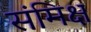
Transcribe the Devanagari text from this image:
संमिक्ष